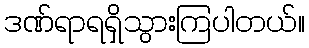
ဒဏ်ရာရရှိသွားကြပါတယ်။